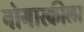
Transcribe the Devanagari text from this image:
नोगास्कीला